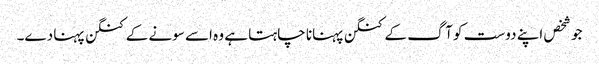
جو شخص اپنے دوست کو آگ کے کنگن پہنانا چاہتا ہے وہ اسے سونے کے کنگن پہنا دے۔